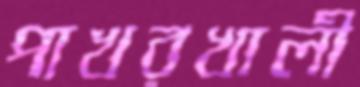
পাখরখালী